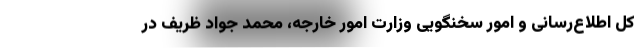
کل اطلاع‌رسانی و امور سخنگویی وزارت امور خارجه، محمد جواد ظریف در